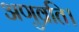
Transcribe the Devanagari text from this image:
अणुव्रति।